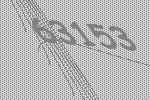
63153